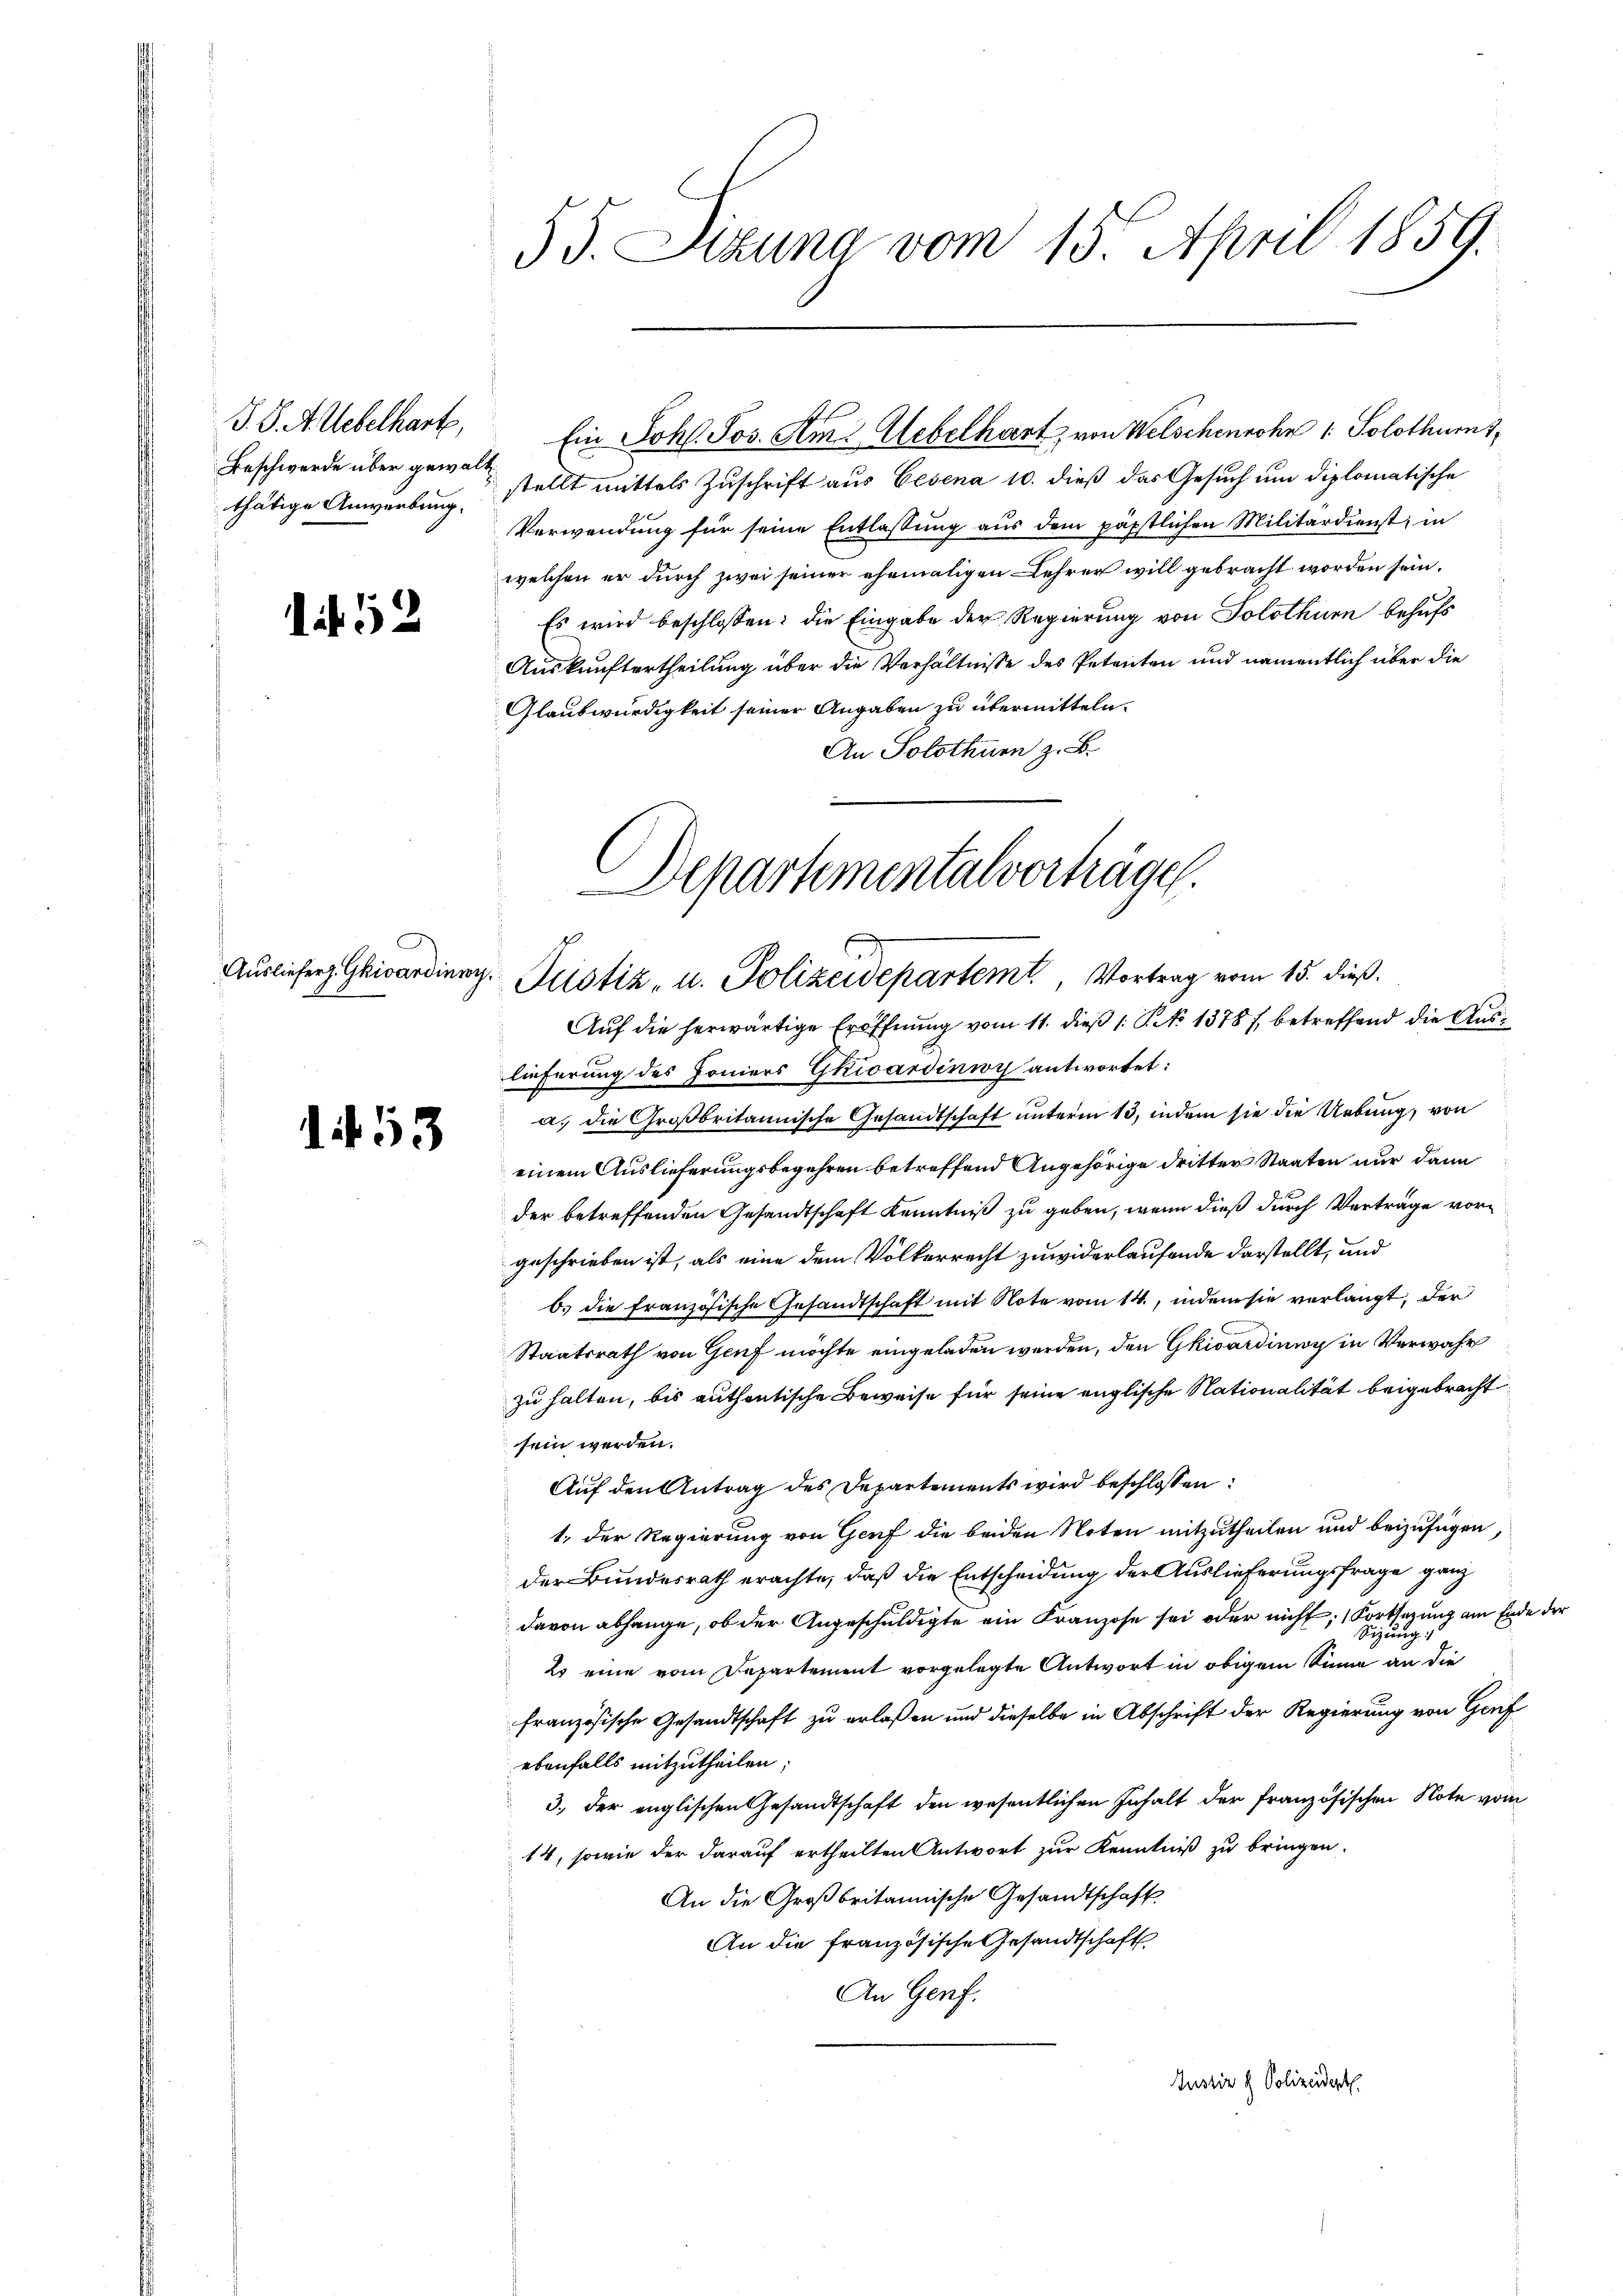
T. S. A. Uebelharte,
Beschwerde über gewalthätige Anwerbung.

if. 52

Ausliefers. Guivandinner

1453

55. Etzung vom 15. April 1859.

stellt mittels Zuschrift aus Eisena 10. dieß das Gesuch um diplomatische
Verwendung für seine Entlassung aus dem päpstlichen Militärdienst, in
welchen er durch zwei seiner ehemaligen Lehrer will gebracht worden sein.
Es wird beschlossen: die Eingabe der Regierung von Solothurn behufs
Auskunftertheilung über die Verhältnisse des Petenten und namentlich über die
Glaubwürdigkeit seiner Angaben zu übermitteln.
An Solothurn z. B.

Ein Joh. Jos. Am 2. Uebelhart von Welschensohn 1. Solothurn,

Departementalvorträgen.
v Justiz- u. Polizeidepartemt, Vortrag vom 15. dieß.

Auf die herwärtige Eröffnung vom 11. dieß 1: P. No 1378), betreffend die Auslieferung des Foniers Gkisardinioy antwortet:
a. die Großbritannische Gesandtschaft unterm 13, indem sie die Uebung, von
einem Auslieferungsbegehren betreffend Angehörige dritter Staaten nur dann
der betreffenden Gesandtschaft Kenntniß zu geben, wenn dieß durch Verträge vorgeschrieben ist, als eine dem Völkerrecht zuwiderlaufende darstellt, und
b. die Französische Gesandtschaft mit Note vom 14., indem sie verlangt, der
Staatsrath von Genf möchte eingeladen werden, den Gkwarding in Verwahr
zu halten, bis authentische Beweise für seine englische Nationalität beigebracht
sein werden.
Auf den Antrag des Departements wird beschlossen:
1. Der Regierung von Genf die beiden Noten mitzutheilen und beizufügen
der Bundesrath erachte, daß die Entscheidung der Auslieferungsfrage ganz
davon abhänge, ob der Angeschuldigte ein Franzose sei oder nicht; (Fortlegung am Ende der
Sizung
2 eine vom Departement vorgelegte Antwort in obigem Sinne an die
französische Gesandtschaft zu erlaßen und dieselbe in Abschrift der Regierung von Graf
ebenfalls mitzutheilen;
3., der englischen Gesandtschaft den wesentlichen Inhalt der französischen Note vom
14, sowie der darauf ertheilten Antwort zur Kenntniß zu bringen.
An die Großbritannische Gesandtschaft
An die französische Gesandtschaft
An Genf.
Justiz & Polizeidert.